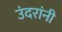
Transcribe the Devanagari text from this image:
उंदरांनी